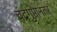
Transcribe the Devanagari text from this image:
चंद्रगुप्तानंतर